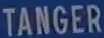
TANGER